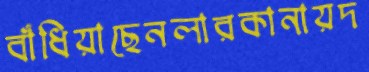
বাঁধিয়াছেনলারকানায়দ